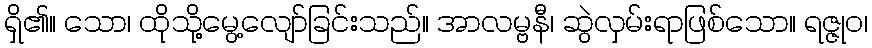
ရှိ၏။ သော၊ ထိုသို့မွေ့လျော်ခြင်းသည်။ အာလမ္ဗနီ၊ ဆွဲလှမ်းရာဖြစ်သော။ ရဇ္ဇုဝ၊